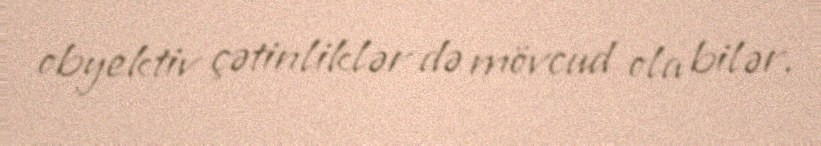
obyektiv çətinliklər də mövcud ola bilər.